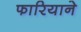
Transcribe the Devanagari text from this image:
फारियाने